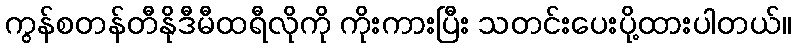
ကွန်စတန်တီနိုဒီမီထရီလိုကို ကိုးကားပြီး သတင်းပေးပို့ထားပါတယ်။